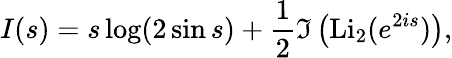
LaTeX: I(s)=s\log(2\sin s)+\frac{1}{2}\Im\left(\mathrm{Li}_{2}(e^{2is})\right),